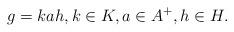
LaTeX: \begin{align*} g = kah, k \in K, a \in A^+, h \in H.\end{align*}